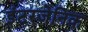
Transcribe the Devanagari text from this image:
इंटरजेनिक